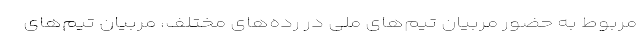
مربوط به حضور مربیان تیم‌های ملی در رده‌های مختلف، مربیان تیم‌های